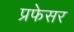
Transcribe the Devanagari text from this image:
प्रफेसर